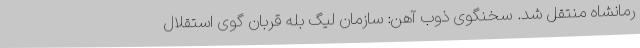
رمانشاه منتقل شد. سخنگوی ذوب آهن: سازمان لیگ بله قربان گوی استقلال